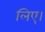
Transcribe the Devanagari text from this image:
लिए।